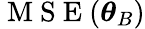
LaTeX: \mathrm{~M~S~E~}(\boldsymbol{\theta}_{B})